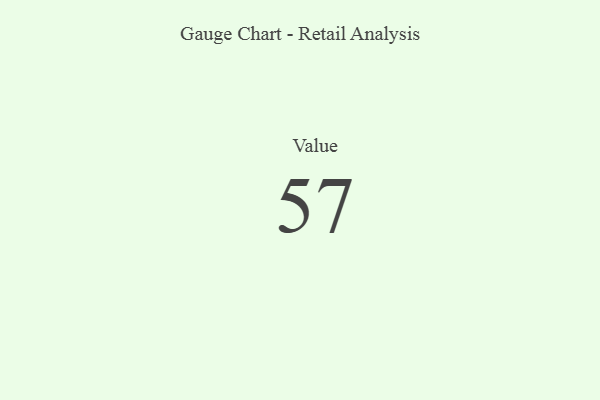
{"axis": {"x": "Metric", "y": "Value"}, "legend": [""], "data": [{"x": "Value", "y": 57, "type": ""}]}